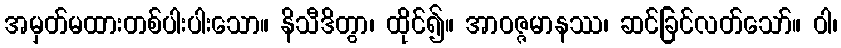
အမှတ်မထားတစ်ပါးပါးသော။ နိသီဒိတွာ၊ ထိုင်၍။ အာဝဇ္ဇမာနဿ၊ ဆင်ခြင်လတ်သော်။ ဝါ၊